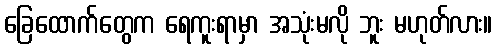
ခြေထောက်တွေက ရေကူးရာမှာ အသုံးမလို ဘူး မဟုတ်လား။